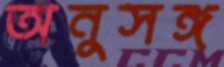
অনুসঙ্গ